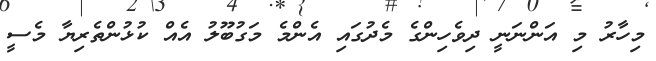
މިހާރު މި އަންނަނީ ދިވެހިންގެ މެދުގައި އެންމެ މަގުބޫލު އެއް ކުޅުންތެރިޔާ މެސީ